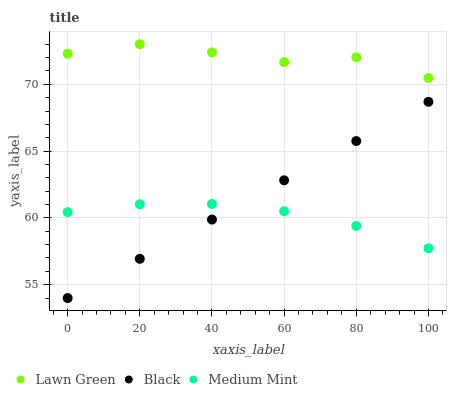
| xaxis_label | Lawn Green | Black | Medium Mint |
 | --- | --- | --- | --- |
 | 0 | 72.3 | 54 | 60.4 |
 | 20 | 73 | 56.9 | 61 |
 | 40 | 72.4 | 59.9 | 61 |
 | 60 | 71.7 | 62.8 | 60.5 |
 | 80 | 72 | 65.8 | 59.4 |
 | 100 | 70.5 | 68.7 | 57.7 |